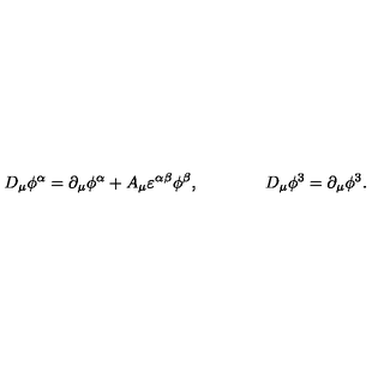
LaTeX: D _ { \mu } \phi ^ { \alpha } = \partial _ { \mu } \phi ^ { \alpha } + A _ { \mu } \varepsilon ^ { \alpha \beta } \phi ^ { \beta } , \qquad \qquad D _ { \mu } \phi ^ { 3 } = \partial _ { \mu } \phi ^ { 3 } .